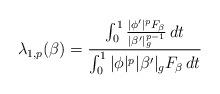
LaTeX: \begin{align*}\lambda_{1,p}(\beta) = \frac{ \int_0^1 \frac{| \phi' |^p F_\beta}{| \beta' |_g^{p-1}} \,dt}{\int_0^1 | \phi |^p | \beta' |_g F_\beta \,dt}\end{align*}